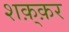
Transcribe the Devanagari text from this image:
शक़्क़र